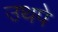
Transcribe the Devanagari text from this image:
उथपे